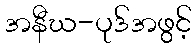
အနီဃ-ပုဒ်အဖွင့်